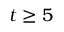
t \geq 5